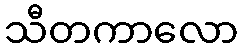
သီတကာလော